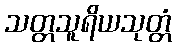
သတ္တသူရိယသုတ္တံ